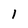
Character: 1